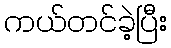
ကယ်တင်ခဲ့ပြီး